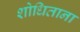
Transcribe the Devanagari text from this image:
शोधिताना